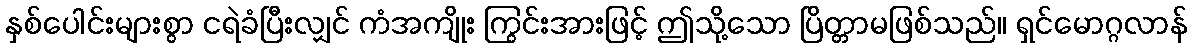
နှစ်ပေါင်းများစွာ ငရဲခံပြီးလျှင် ကံအကျိုး ကြွင်းအားဖြင့် ဤသို့သော ပြိတ္တာမဖြစ်သည်။ ရှင်မောဂ္ဂလာန်